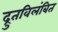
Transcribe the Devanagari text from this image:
द्रुतविलंबित